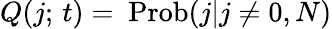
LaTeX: Q(j;\thinspace t)=~\mathrm{Prob}(j|j\neq 0,N)